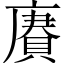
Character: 賡